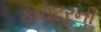
ફાઇટરની